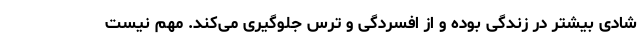
شادی بیشتر در زندگی بوده و از افسردگی و ترس جلوگیری می‌کند. مهم نیست